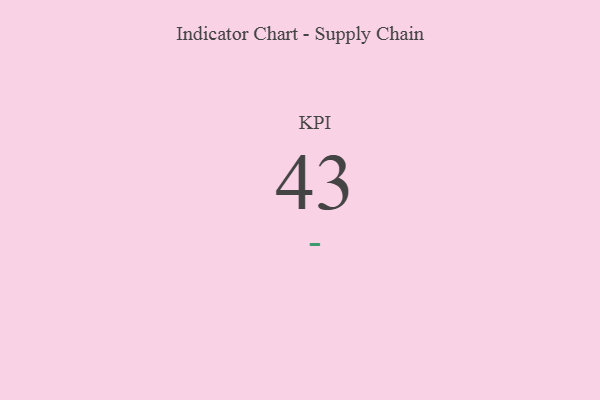
{"axis": {"x": "KPI", "y": "Value"}, "legend": [""], "data": [{"x": "KPI", "y": 43, "type": ""}]}